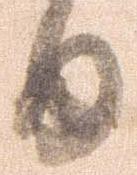
日